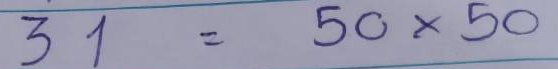
31 = 50 x 50